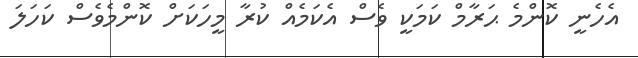
އެހެނީ ކޮންމެ ޙަރާމް ކަމަކީ ވެސް އެކަމެއް ކުރާ މީހަކަށް ކޮންމެވެސް ކަހަލަ